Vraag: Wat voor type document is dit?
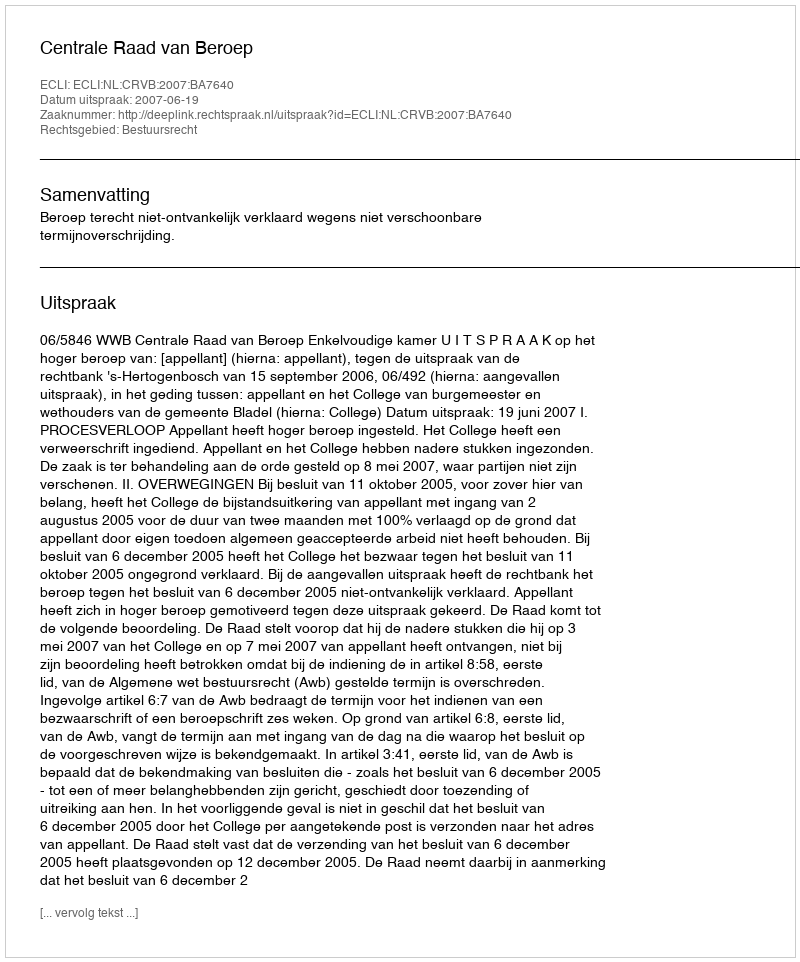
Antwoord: Uitspraak